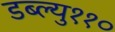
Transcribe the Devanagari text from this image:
डब्ल्यु११०